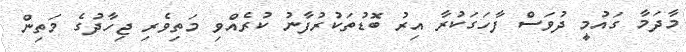
މާދަމާ ގައުމީ ދުވަސް ފާހަގަކުރާ އިރު ބޮޑުތަކުރުފާނު ކުރެއްވި މަތިވެރި ޖިހާދުގެ މަތިން